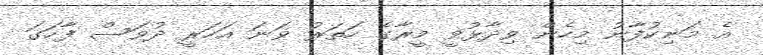
އެ މަނިކުފާނު މިހެން ވިދާޅުވީ މީރާގެ ހަތަރު ވަނަ އަހަރީ ދުވަސް ފާހަގަ